Report on sanitation, dispensaries, and jails in Rajputana for 1913, and on vaccination for the year 1913-1914 - 1913-1914
Year: 1913
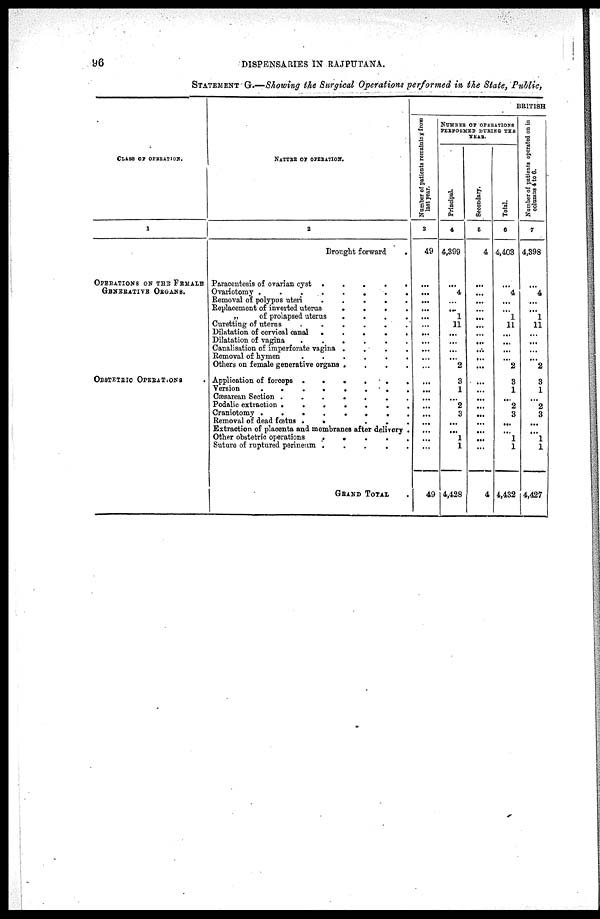
96
DISPENSARIES IN RAJPUTANA.
STATEMENT G.—Showing the Surgical Operations performed in the State, Public,
CLASS OF OPERATION.
1
OPERATIONS ON THE FEMALE
GENERATIVE
ORGANS.
OBSTETRIC OPERATIONS
NATURE OF OPERATION.
2
Brought forward
Paracentesis of ovarian cyst .
.
.
.
.
Ovariotomy .
.
.
.
.
Removal of polypus uteri
.
.
.
.
.
Replacement of inverted uterus
.
.
.
.
„
of prolapsed uterus
.
.
.
.
Curetting of uterus
.
.
.
.
.
.
Dilatation of cervical canal .
.
.
.
.
Dilatation of vagina
.
.
.
.
.
.
Canalisation of imperforate vagina .
.
.
.
Removal of hymen
.
.
.
.
.
.
Others on female generative organs .
.
.
.
Application of forceps .
.
.
.
.
.
Version
.
.
.
.
.
.
.
.
Cæsarean Section .
.
.
.
.
.
.
Podalic extraction .
.
.
.
.
.
.
Craniotomy .
.
.
.
.
.
.
.
Removal of dead fœtus .
.
.
.
.
.
Extraction of placenta and membranes after delivery .
Other obstetric operations
.
.
.
.
.
Suture of ruptured perineum .
.
.
.
.
GRAND TOTAL
BRITISH
Number of patients remaining from
last year.
3
49
...
...
...
...
...
...
...
...
...
...
...
...
...
...
...
...
...
...
...
...
49
NUMBER OF OPERATIONS
PERFORMED DURING THE
YEAR.
Principal.
4
4,399
...
4
...
...
1
11
...
...
...
...
2
3
1
...
2
3
...
...
1
1
4,428
Secondary.
5
4
...
...
...
...
...
...
...
...
...
...
...
...
...
...
...
...
...
...
...
...
4
Total.
6
4,403
...
4
...
...
1
11
...
...
...
...
2
3
1
...
2
3
...
...
1
1
4,432
Number of patients operated on in
columns 4 to 6.
7
4,398
...
4
...
...
1
11
...
...
...
...
2
3
1
...
2
3
...
...
1
1
4,427